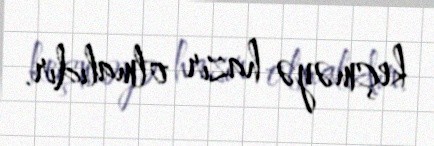
keçməyə hazır olmalıdır.